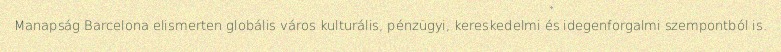
Manapság Barcelona elismerten globális város kulturális, pénzügyi, kereskedelmi és idegenforgalmi szempontból is.